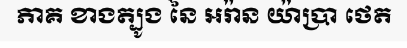
ភាគ ខាងត្បូង នៃ អរ៉ាន យ៉ាប្រា ថេត